Punjab Mental Hospital Lahore 1932-46 - 1932-1946
Year: 1932
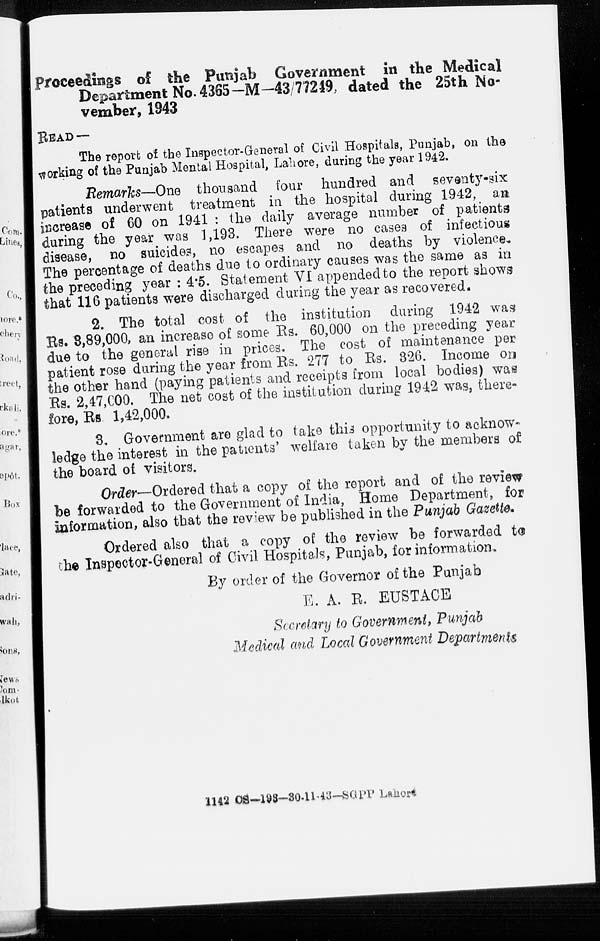
proceedings of the Punjab Government in the Medical
Department No. 4365-M—43/77249, dated the 25th No-
vember, 1943
READ —
The report of the Inspector-General of Civil Hospitals, Punjab, on the
working of the Punjab Mental Hospital, Lahore, during the year 1942.
Remarks—One thousand four hundred and seventy-six
patients underwent treatment in the hospital during 1942, an
increase of 60 on 1941 : the daily average number of patients
during the year was 1,193. There were no cases of infectious
disease, no suicides, no escapes and no deaths by violence-
The percentage of deaths due to ordinary causes was the same as in
the preceding year : 4.5. Statement VI appended to the report shows
that 116 patients were discharged during the year as recovered.
2. The total cost of the institution during 1942 was
Rs. 3,89,000, an increase of some Rs. 60,000 on the preceding year
due to the general rise in prices. The cost of maintenance per
patient rose during the year from Rs. 277 to Rs. 326. Income on
the other hand (paying patients and receipts from local bodies) was
Rs. 2,47,000. The net cost of the institution during 1942 was, there-
fore, Rs. 1,42,000.
3. Government are glad to take this opportunity to acknow-
ledge the interest in the patients' welfare taken by the members of
the board of visitors.
Order—Ordered that a copy of the report and of the review
be forwarded to the Government of India, Home Department, for
information, also that the review be published in the Punjab Gazette.
Ordered also that a copy of the review be forwarded to
the Inspector-General of Civil Hospitals, Punjab, for information.
By order of the Governor of the Punjab
E. A. R. EUSTACE
Secretary to Government, Punjab
Medical and Local Government Departments
1142 CS—193—30-11-43-SGPP Lahore